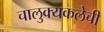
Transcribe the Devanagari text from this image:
चालुक्यकलेची